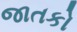
જાતકો